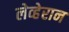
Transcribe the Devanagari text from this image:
लेव्हेरान